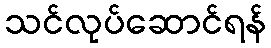
သင်လုပ်ဆောင်ရန်